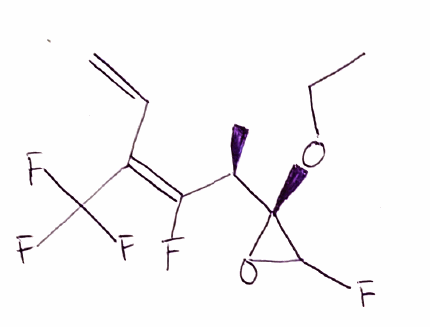
Simplified molecular-input line-entry system (SMILES) notation of the given molecule:
CCO[C@]1(C(O1)F)[C@H](C)/C(=C(\C=C)/C(F)(F)F)/F